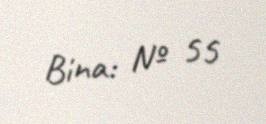
Bina: № 55